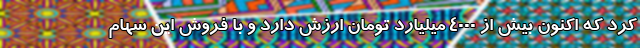
کرد که اکنون بیش از ٤٠٠٠ میلیارد تومان ارزش دارد و با فروش این سهام